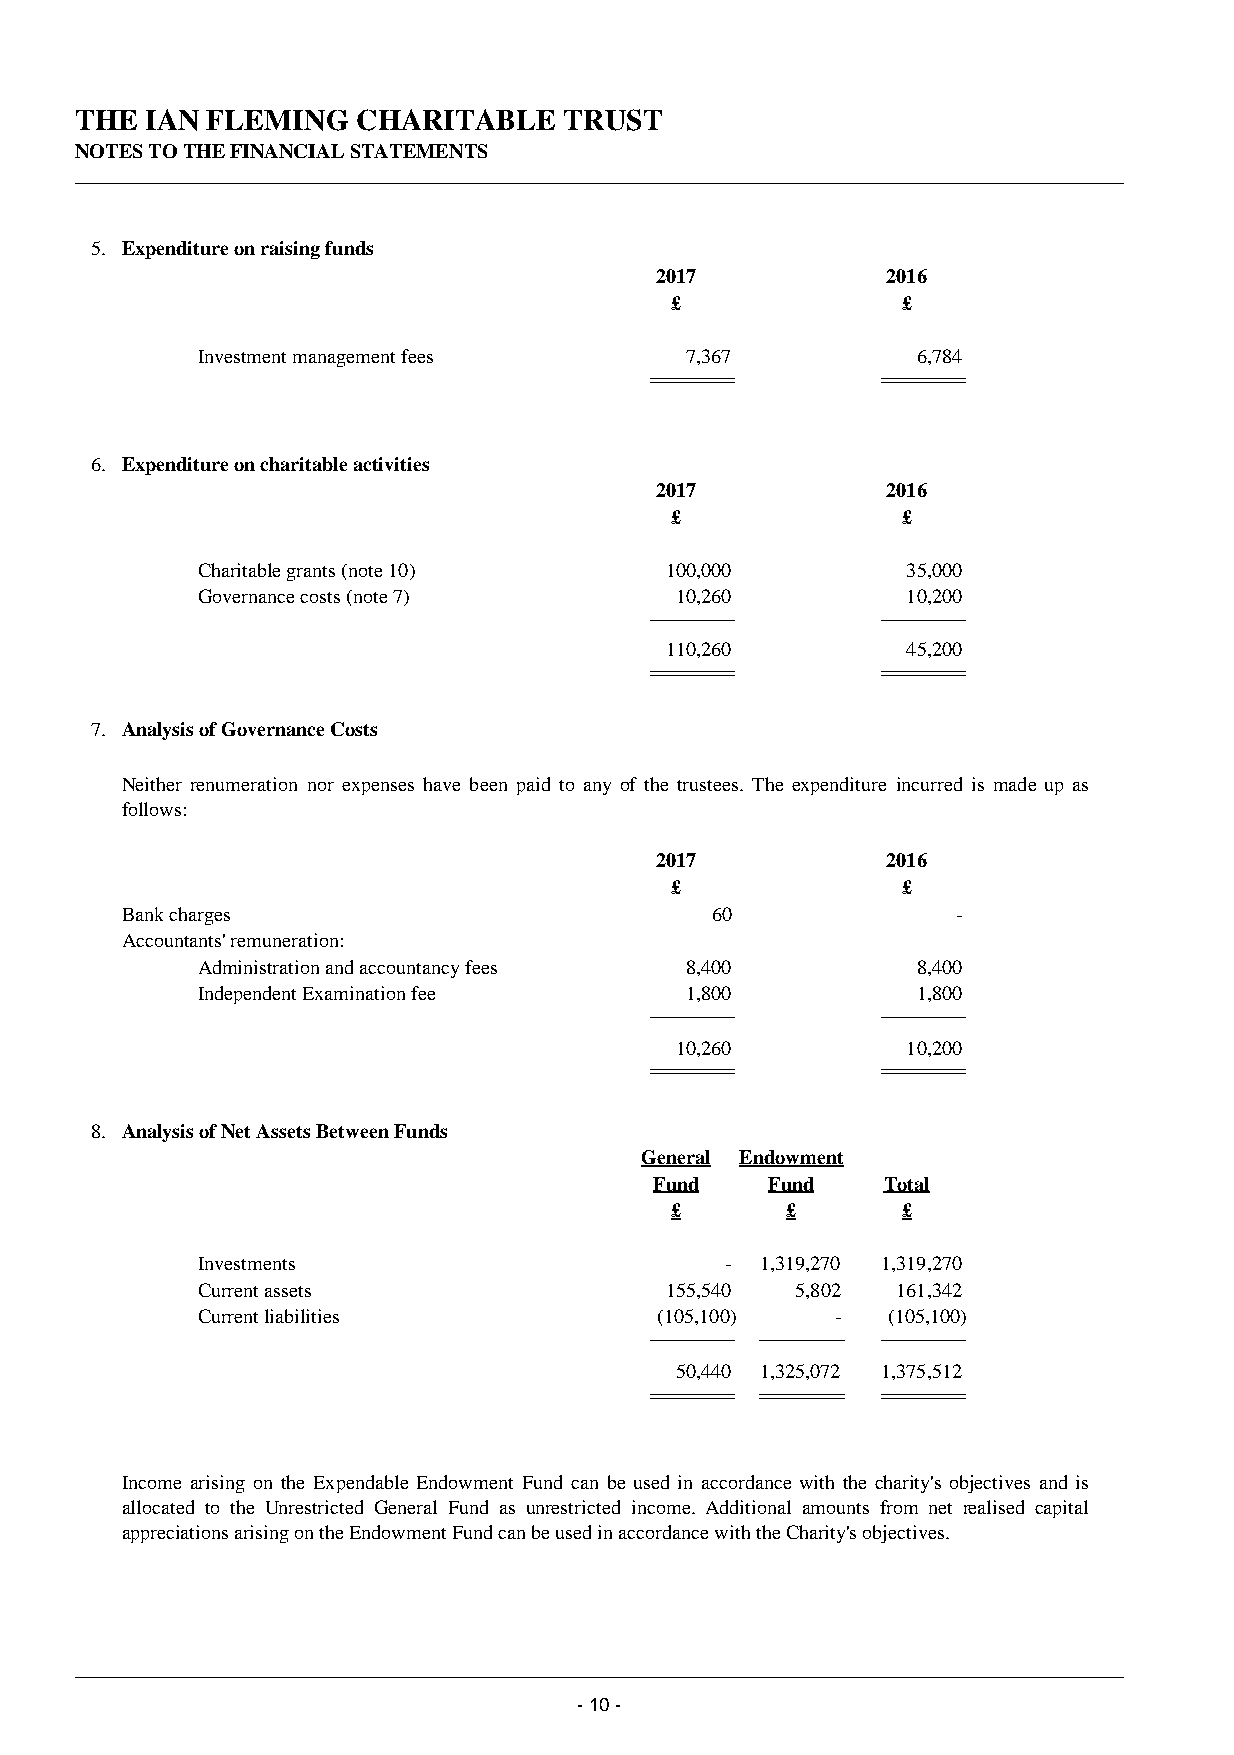
THE  IAN FLEMING   CHARITABLE   TRUST
 NOTES TO THE FINANCIAL STATEMENTS
 5. Expenditure on raising funds
 2017            2016
 £               £
 Investment management fees      7,367           6,784
 6. Expenditure on charitable activities
 2017            2016
 £               £
 Charitable grants (note 10)    100,000         35,000
 Governance costs (note 7)       10,260         10,200
 110,260         45,200
 7. Analysis of Governance Costs
 Neither renumeration nor expenses have been paid to any of the trustees. The expenditure incurred is made up as
 follows:
 2017            2016
 £               £
 Bank charges                           60              -
 Accountants' remuneration:
 Administration and accountancy fees 8,400       8,400
 Independent Examination fee     1,800           1,800
 10,260         10,200
 8. Analysis of Net Assets Between Funds
 General Endowment
 Fund    Fund   Total
 £       £       £
 Investments                        - 1,319,270 1,319,270
 Current assets                 155,540  5,802 161,342
 Current liabilities           (105,100)   -   (105,100)
 50,440 1,325,072 1,375,512
 Income arising on the Expendable Endowment Fund can be used in accordance with the charity's objectives and is
 allocated to the Unrestricted General Fund as unrestricted income. Additional amounts from net realised capital
 appreciations arising on the Endowment Fund can be used in accordance with the Charity's objectives.
 - 10 -